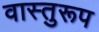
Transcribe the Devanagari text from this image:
वास्तुरूप